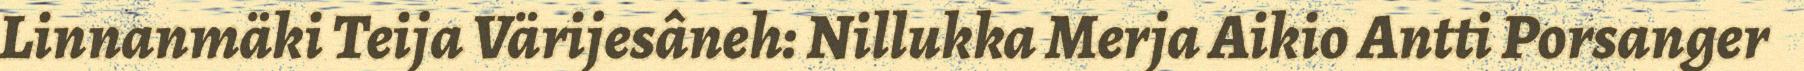
Linnanmäki Teija Värijesâneh: Nillukka Merja Aikio Antti Porsanger